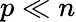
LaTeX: p\ll n